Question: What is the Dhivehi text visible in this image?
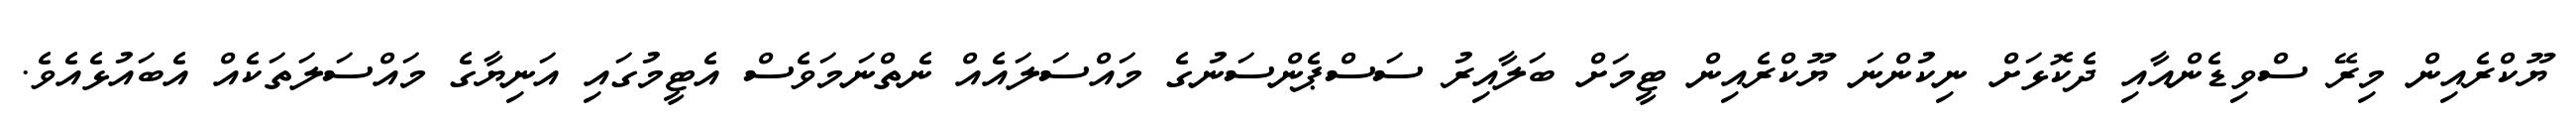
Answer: ޔޫކްރެއިން މިރޭ ސްވިޑެންއާއި ދެކޮޅަށް ނިކުންނަ ޔޫކްރެއިން ޓީމަށް ބަލާއިރު ސަސްޕެންސަނުގެ މައްސަލައެއް ނެތްނަމަވެސް އެޓީމުގައި އަނިޔާގެ މައްސަލަތަކެއް އެބައުޅެއެވެ.